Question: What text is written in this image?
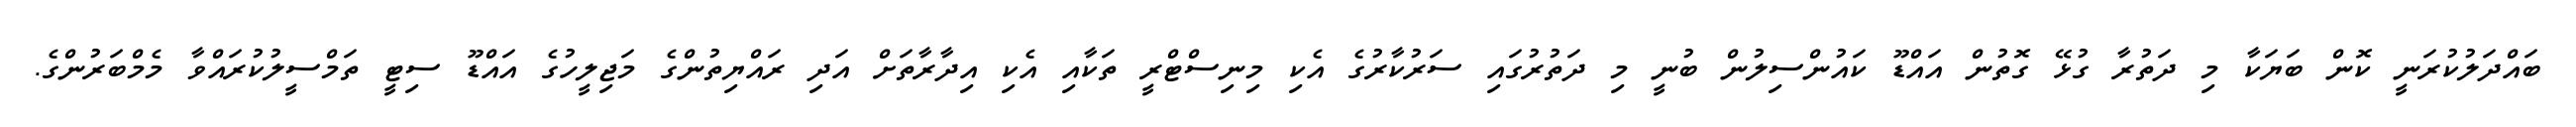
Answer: ބައްދަލުކުރަނީ ކޮން ބަޔަކާ މި ދަތުރާ ގުޅޭ ގޮތުން އައްޑޫ ކައުންސިލުން ބުނީ މި ދަތުރުގައި ސަރުކާރުގެ އެކި މިނިސްޓްރީ ތަކާއި އެކި އިދާރާތަށް އަދި ރައްޔިތުންގެ މަޖިލީހުގެ އައްޑޫ ސިޓީ ތަމްސީލުކުރައްވާ މެމްބަރުންގެ.